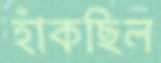
হাঁকছিল